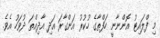
މި ފްލައިޓު އޮންނާނީ ހަފްތާގެ ހުކުރު އަންގާރަ އަދި އާދިއްތަ ދުވަހު އެވެ.